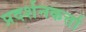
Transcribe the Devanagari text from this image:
प्रदर्शनकर्त्ता